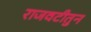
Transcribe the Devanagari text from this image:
राजवटीतुन